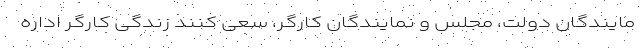
مایندگان دولت، مجلس و نمایندگان کارگر، سعی کنند زندگی کارگر اداره